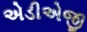
એડીએજી